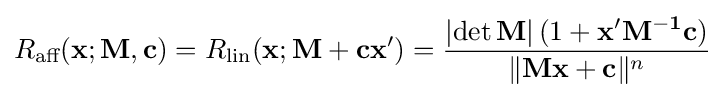
R_{\text{aff}}(\mathbf {x} ;\mathbf {M} ,\mathbf {c} )=R_{\text{lin}}(\mathbf {x} ;\mathbf {M} +\mathbf {c} \mathbf {x} ')={\frac {\left|\operatorname {det} \mathbf {M} \right|(1+\mathbf {x} '\mathbf {M^{-1}c} )}{\lVert \mathbf {Mx+c} \rVert ^{n}}}